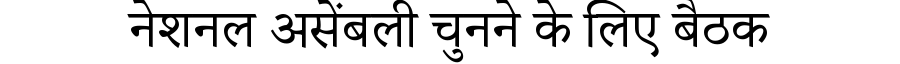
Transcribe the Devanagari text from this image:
नेशनल असेंबली चुनने के लिए बैठक